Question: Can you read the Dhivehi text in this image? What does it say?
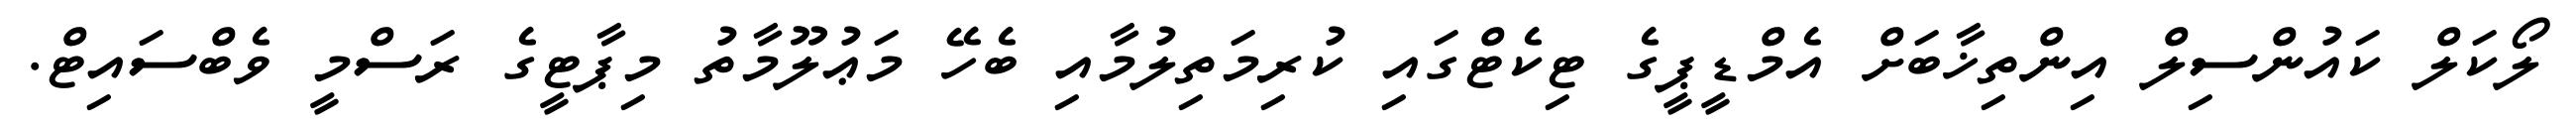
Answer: ލޯކަލް ކައުންސިލް އިންތިޚާބަށް އެމްޑީޕީގެ ޓިކެޓްގައި ކުރިމަތިލުމާއި ބެހޭ މަޢުލޫމާތު މިޕާޓީގެ ރަސްމީ ވެބްސައިޓް.